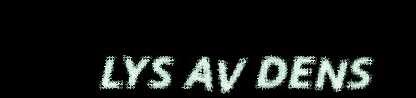
LYS AV DENS